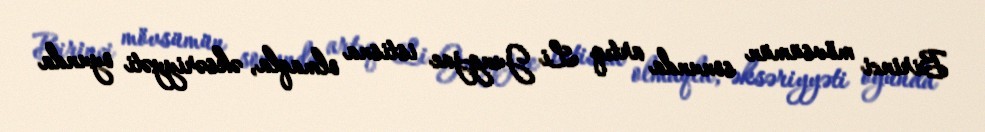
Birinci mövsümün sonunda artıq Li Jung-jae istisna olmaqla, əksəriyyəti oyunda